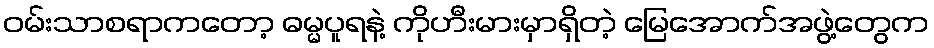
ဝမ်းသာစရာကတော့ ဓမ္မပူရနဲ့ ကိုဟီးမားမှာရှိတဲ့ မြေအောက်အဖွဲ့တွေက